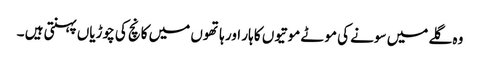
وہ گلے میں سونے کی موٹے موتیوں کا ہار اور ہاتھوں میں کانچ کی چوڑیاں پہنتی ہیں ۔